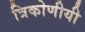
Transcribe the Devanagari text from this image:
त्रिकोणीयी